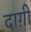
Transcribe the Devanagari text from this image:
दाग़ी